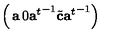
\left( \begin{matrix} { { \bf a } } & { { 0 } } \\ { { { \bf a } ^ { t } } ^ { - 1 } { \tilde { \bf c } } } & { { { \bf a } ^ { t } } ^ { - 1 } } \\ \end{matrix} \right)